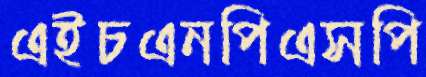
এইচএনপিএসপি